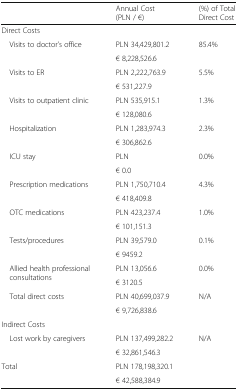
|  | Annual Cost (PLN / €) | (%) of Total Direct Cost |
 | --- | --- | --- |
 | <COLSPAN=3> Direct Costs |
 | <ROWSPAN=2> Visits to doctor’s office | PLN 34,429,801.2 | <ROWSPAN=2> 85.4% |
 | € 8,228,526.6 |
 | <ROWSPAN=2> Visits to ER | PLN 2,222,763.9 | <ROWSPAN=2> 5.5% |
 | € 531,227.9 |
 | <ROWSPAN=2> Visits to outpatient clinic | PLN 535,915.1 | <ROWSPAN=2> 1.3% |
 | € 128,080.6 |
 | <ROWSPAN=2> Hospitalization | PLN 1,283,974.3 | <ROWSPAN=2> 2.3% |
 | € 306,862.6 |
 | <ROWSPAN=2> ICU stay | PLN | <ROWSPAN=2> 0.0% |
 | € 0.0 |
 | <ROWSPAN=2> Prescription medications | PLN 1,750,710.4 | <ROWSPAN=2> 4.3% |
 | € 418,409.8 |
 | <ROWSPAN=2> OTC medications | PLN 423,237.4 | <ROWSPAN=2> 1.0% |
 | € 101,151.3 |
 | <ROWSPAN=2> Tests/procedures | PLN 39,579.0 | <ROWSPAN=2> 0.1% |
 | € 9459.2 |
 | <ROWSPAN=2> Allied health professional consultations | PLN 13,056.6 | <ROWSPAN=2> 0.0% |
 | € 3120.5 |
 | <ROWSPAN=2> Total direct costs | PLN 40,699,037.9 | <ROWSPAN=2> N/A |
 | € 9,726,838.6 |
 | <COLSPAN=3> Indirect Costs |
 | <ROWSPAN=2> Lost work by caregivers | PLN 137,499,282.2 | <ROWSPAN=2> N/A |
 | € 32,861,546.3 |
 | <ROWSPAN=2> Total | PLN 178,198,320.1 | <ROWSPAN=2>  |
 | € 42,588,384.9 |